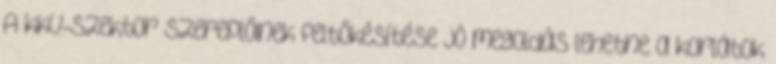
A kkv-szektor szereplőinek feltőkésítése jó megoldás lehetne a korlátok